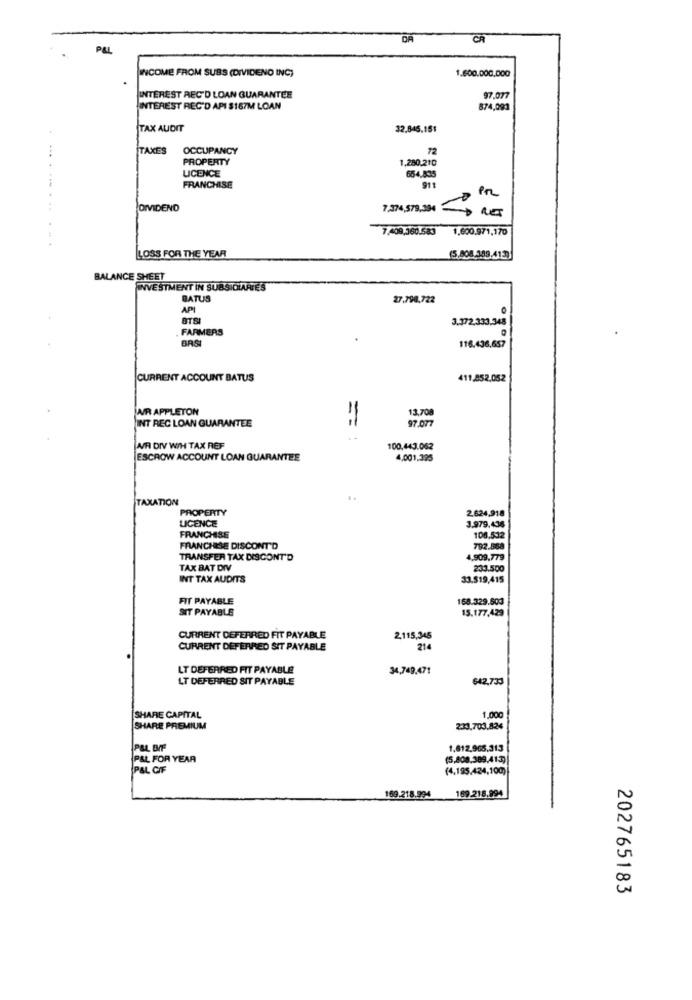
DA
CR
PAL
INCOME FROM SUBS (DIVIDEND INC)
1.600.000,000
INTEREST REC'D LOAN GUARANTEE
97.077
INTEREST REC'D API $167M LOAN
874,093
TAX AUDIT
32.845,151
TAXES
OCCUPANCY
72
PROPERTY
1,280.210
LICENCE
654,835
FRANCHISE
911
DIVIDEND
1,374,579,304
7,409,360.583 1,600,971,170
LOSS FOR THE YEAR
(5,808.389,413)
BALANCE SHEET
INVESTMENT IN SUBSIDIARIES
BATUS
27.790,722
API
BTS
3.372.333.343
FARMERS
BASI
116.436,657
CURRENT ACCOUNT BATUS
411,852.052
WR APPLETON
13,708
INT REC LOAN GUARANTEE
97.077
==
WR DIV WIH TAX REF
100,443.062
ESCROW ACCOUNT LOAN GUARANTEE
4,001,395
TAXATION
PROPERTY
2.624,918
LICENCE
3.979.436
FRANCHISE
108.532
FRANCHISE DISCONT'D
792.868
TRANSFER TAX DISCONT'D
4,909.779
TAX BAT DIV
233.500
INT TAX AUDITS
33.519,415
FIT PAYABLE
168.329.503
SIT PAYABLE
15.177,429
CURRENT DEFERRED FIT PAYABLE
2,115,345
CURRENT DEFERRED SIT PAYABLE
214
LT DEFERRED FIT PAYABLE
34,749,471
LT DEFERRED SIT PAYABLE
642,733
SHARE CAPITAL
1,000
SHARE PREMIUM
233.703.824
P&L BIF
1.612.965.313
P&L FOR YEAR
(5,808,389,413)
PAL CIF
(4,195.424,100)
169.218.994
169.218.994
202765183